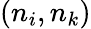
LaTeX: (n_{i},n_{k})